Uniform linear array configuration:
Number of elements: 12
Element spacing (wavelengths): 1
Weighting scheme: kaiser
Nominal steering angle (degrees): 45
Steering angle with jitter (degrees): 44.749
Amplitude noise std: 0.05
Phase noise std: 0.05

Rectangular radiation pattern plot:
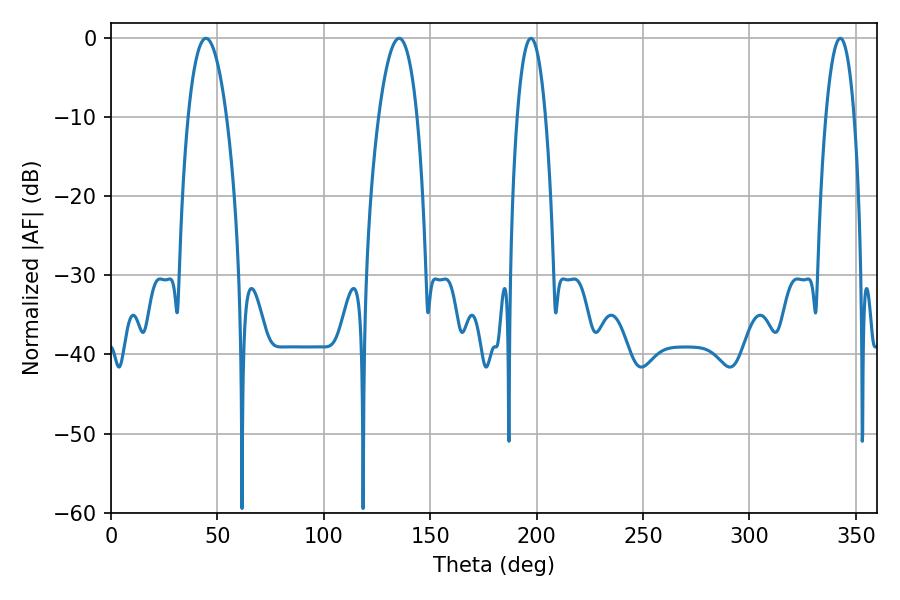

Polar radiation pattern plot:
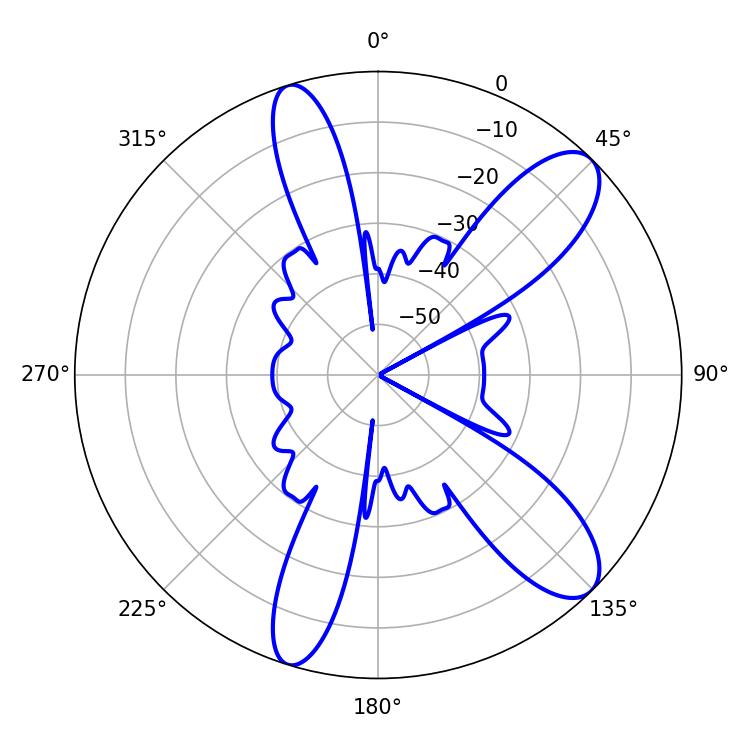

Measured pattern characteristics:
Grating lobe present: TRUE
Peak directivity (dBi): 10.443
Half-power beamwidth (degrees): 10.08
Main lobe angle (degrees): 44.64